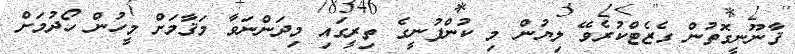
ޤާނޫނީގޮތުން ގެޒެޓްކުރެވޭ ލިޔުން މި ކުންފުނީގެ ތިރީގައި މިދަންނަވާ މަޤާމަށް މީހުން ހޯދުމަށް